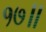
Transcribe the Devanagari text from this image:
१७॥